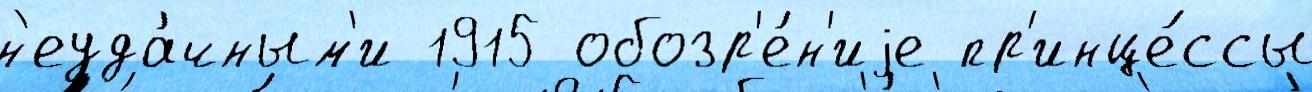
н'еуда́чным'и 1915 обозр'е́н'иjе пр'инце́ссы